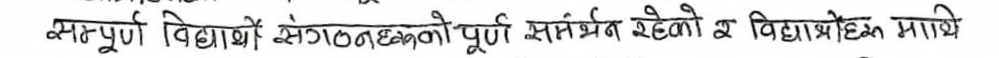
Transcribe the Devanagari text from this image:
सान्नुपुर्णी विद्यार्थीसँगको पूर्ण समर्थन रहेको छ । विद्यार्थीहरूमाथि